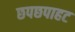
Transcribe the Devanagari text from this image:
छपछपाहट